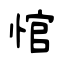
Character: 悺